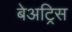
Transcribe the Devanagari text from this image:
बेअट्रिस